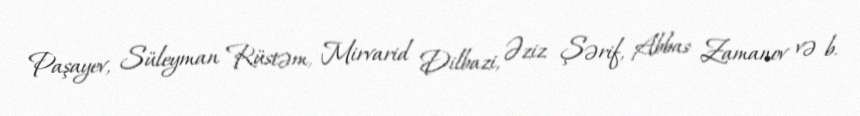
Paşayev, Süleyman Rüstəm, Mirvarid Dilbazi, Əziz Şərif, Abbas Zamanov və b.